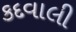
કદવાલી